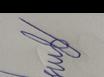
Signature authenticity: forged